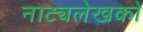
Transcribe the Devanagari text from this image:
नाट्यलेखकों